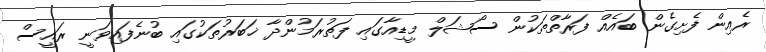
ރެއިން ފެށިގެން ބައެއް ފަރާތްތަކުން ސޯޝަލް މީޑިއާގައި ފަތުރަމުންދާ ޚަބަރުތަކުގައި ބުނެފައިވަނީ ރައީސް